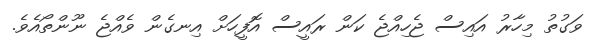
ވަގުތު މިހާރު އައިސް ޖެހިއްޖެ ކަން ރައީސް އޮފީހަށް އިނގެން ވެއްޖެ ނޫންތޯއެވެ.